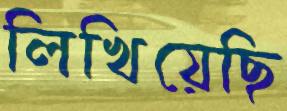
লিখিয়েছি